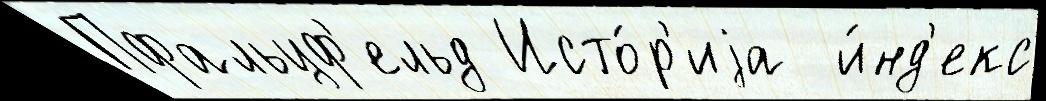
Пфальцф'ельд Исто́р'иjа  и́нд'екс